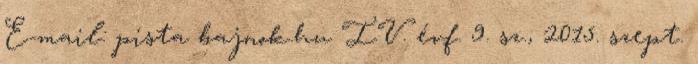
E-mail: pista bajnok.hu IV. évf. 9. sz., 2015. szept.